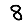
Digit: 8